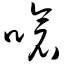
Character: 呛